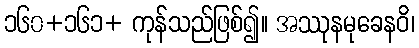
၁၆၀+၁၆၁+ ကုန်သည်ဖြစ်၍။ အဿုနမုခေနဝိ၊